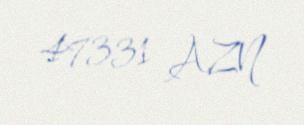
47331 AZN